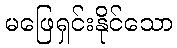
မဖြေရှင်းနိုင်သော